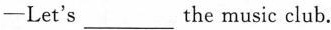
—Let's___the music club.